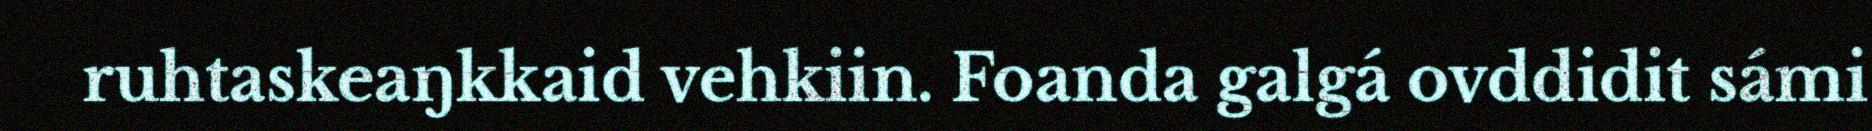
ruhtaskeaŋkkaid vehkiin. Foanda galgá ovddidit sámi